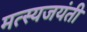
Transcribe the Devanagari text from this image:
मत्स्यजयंती